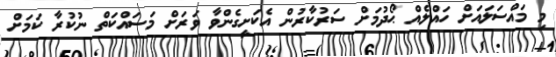
މި މައްސަލައަށް ހައްލެއް ޙޯދުމަށް ސަރުކާރުން އެކަށީގެންވާ ވަރަށް މަސައްކަތް ނުކުރާ ކަމަށް